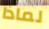
لماذا